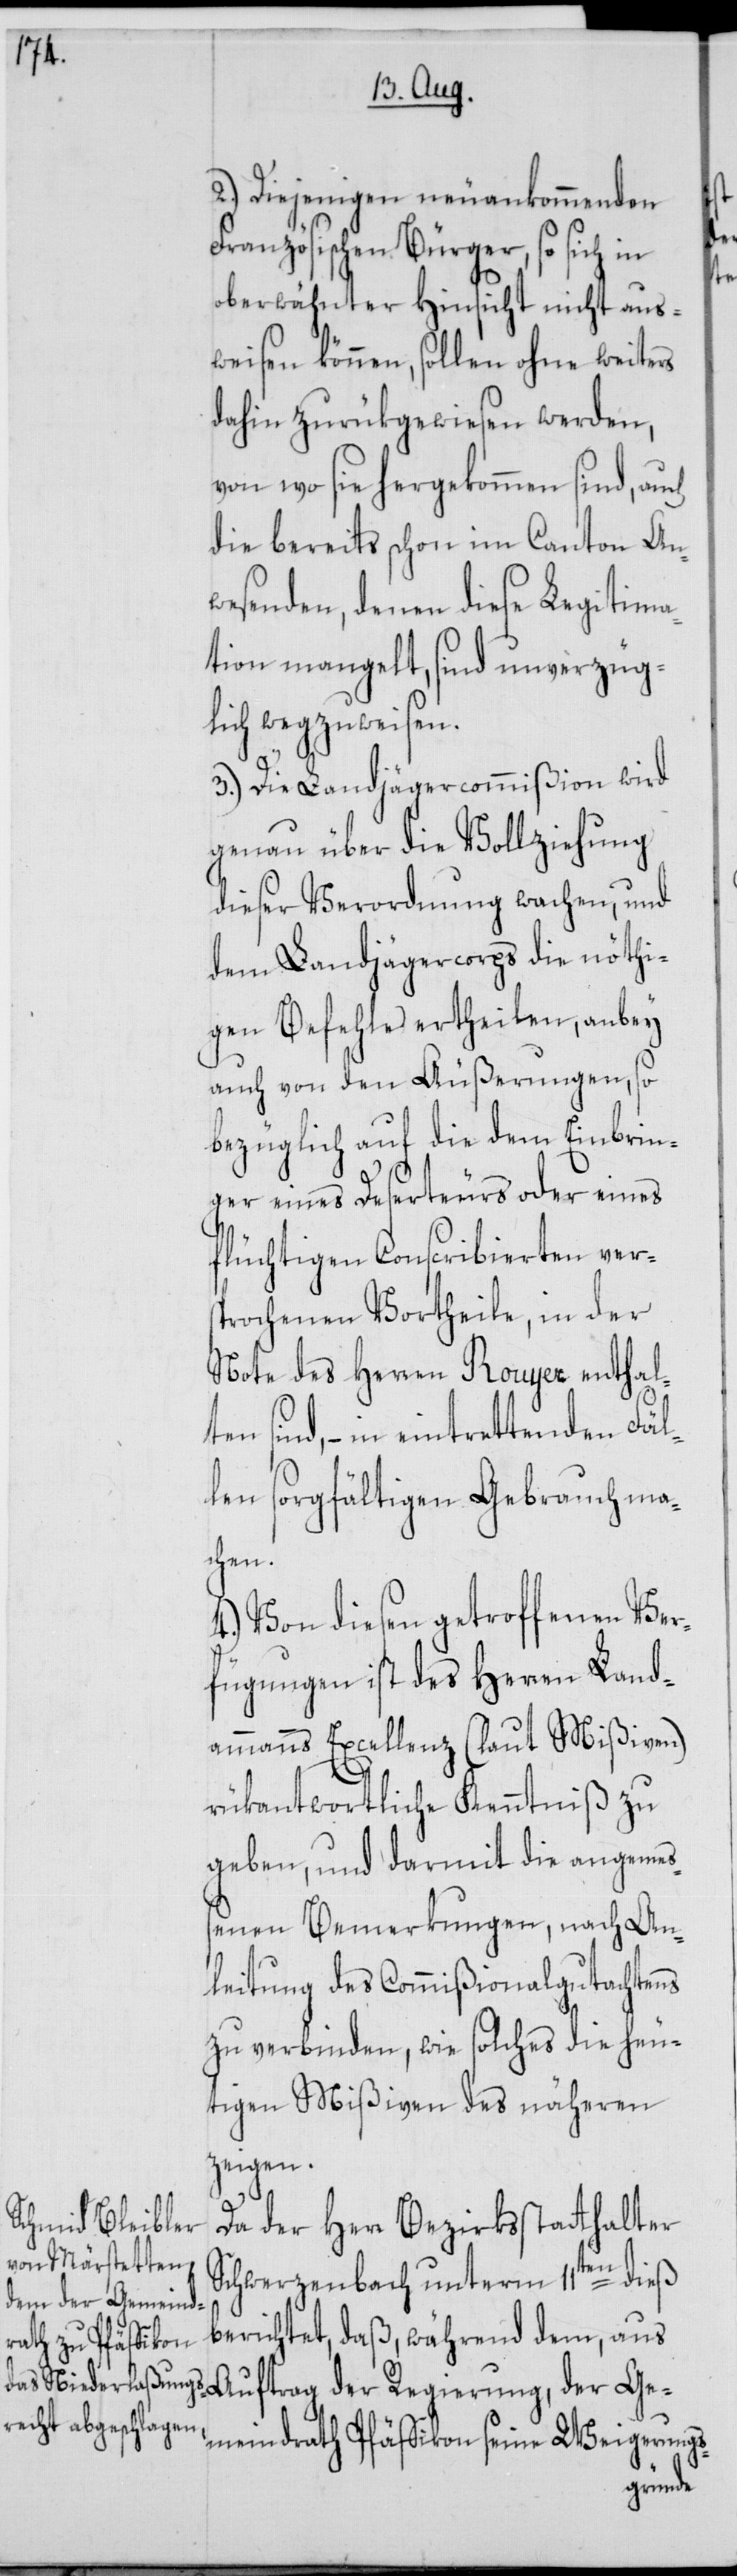
2.) Diejenigen neuankommenden
Französischen Bürger, so sich in
oberwähnter Hinsicht nicht aus¬
weisen können, sollen ohne weiters
dahin zurükgewiesen werden,
von wo sie hergekommen sind, auch
die bereits schon im Canton An¬
wesenden, denen diese Legitima¬
tion mangelt, sind unverzüg¬
lich wegzuweisen.
3.) Die Landjägercommmißion wird
genau über die Vollziehung
dieser Verordnung wachen, und
dem Landjägercorps die nöthi¬
gen Befehle ertheilen, anbey
auch von den Äußerungen, so
bezüglich auf die dem Einbrin¬
ger eines Deserteurs oder eines
flüchtigen Conscribierten vers¬
prochenen Vortheile, in der
Note des Herren Rouyer enthalt¬
en sind, – in eintrettenden Fäl¬
len sorgfältigen Gebrauch ma¬
chen.
4.) Von diesen getroffenen Ver¬
fügungen ist des Herren Land¬
ammanns Excellenz (laut Mißiven)
rükantwortliche Kenntniß zu
geben, und darmit die angemeß¬
enen Bemerkungen, nach An¬
leitung des Commißionalgutachtens
zu verbinden, wie solches die heu¬
tigen Mißiven des näheren
zeigen.
Da der Herr Bezirksstatthalter
Schwerzenbach unterm 11ten dieß
berichtet, daß, während dem, aus
Gemeindrath Pfäffikon seine Weigerungs-